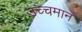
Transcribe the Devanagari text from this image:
उच्चमान